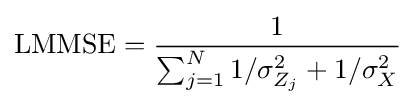
\mathrm {LMMSE} ={\frac {1}{\sum _{j=1}^{N}1/\sigma _{Z_{j}}^{2}+1/\sigma _{X}^{2}}}